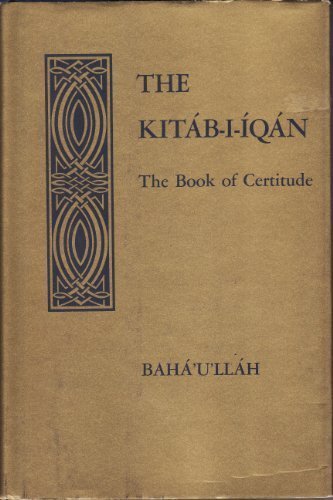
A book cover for Kitab-I-Iqan, Book of Certitude; Baha'u'llah; Religion & Spirituality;